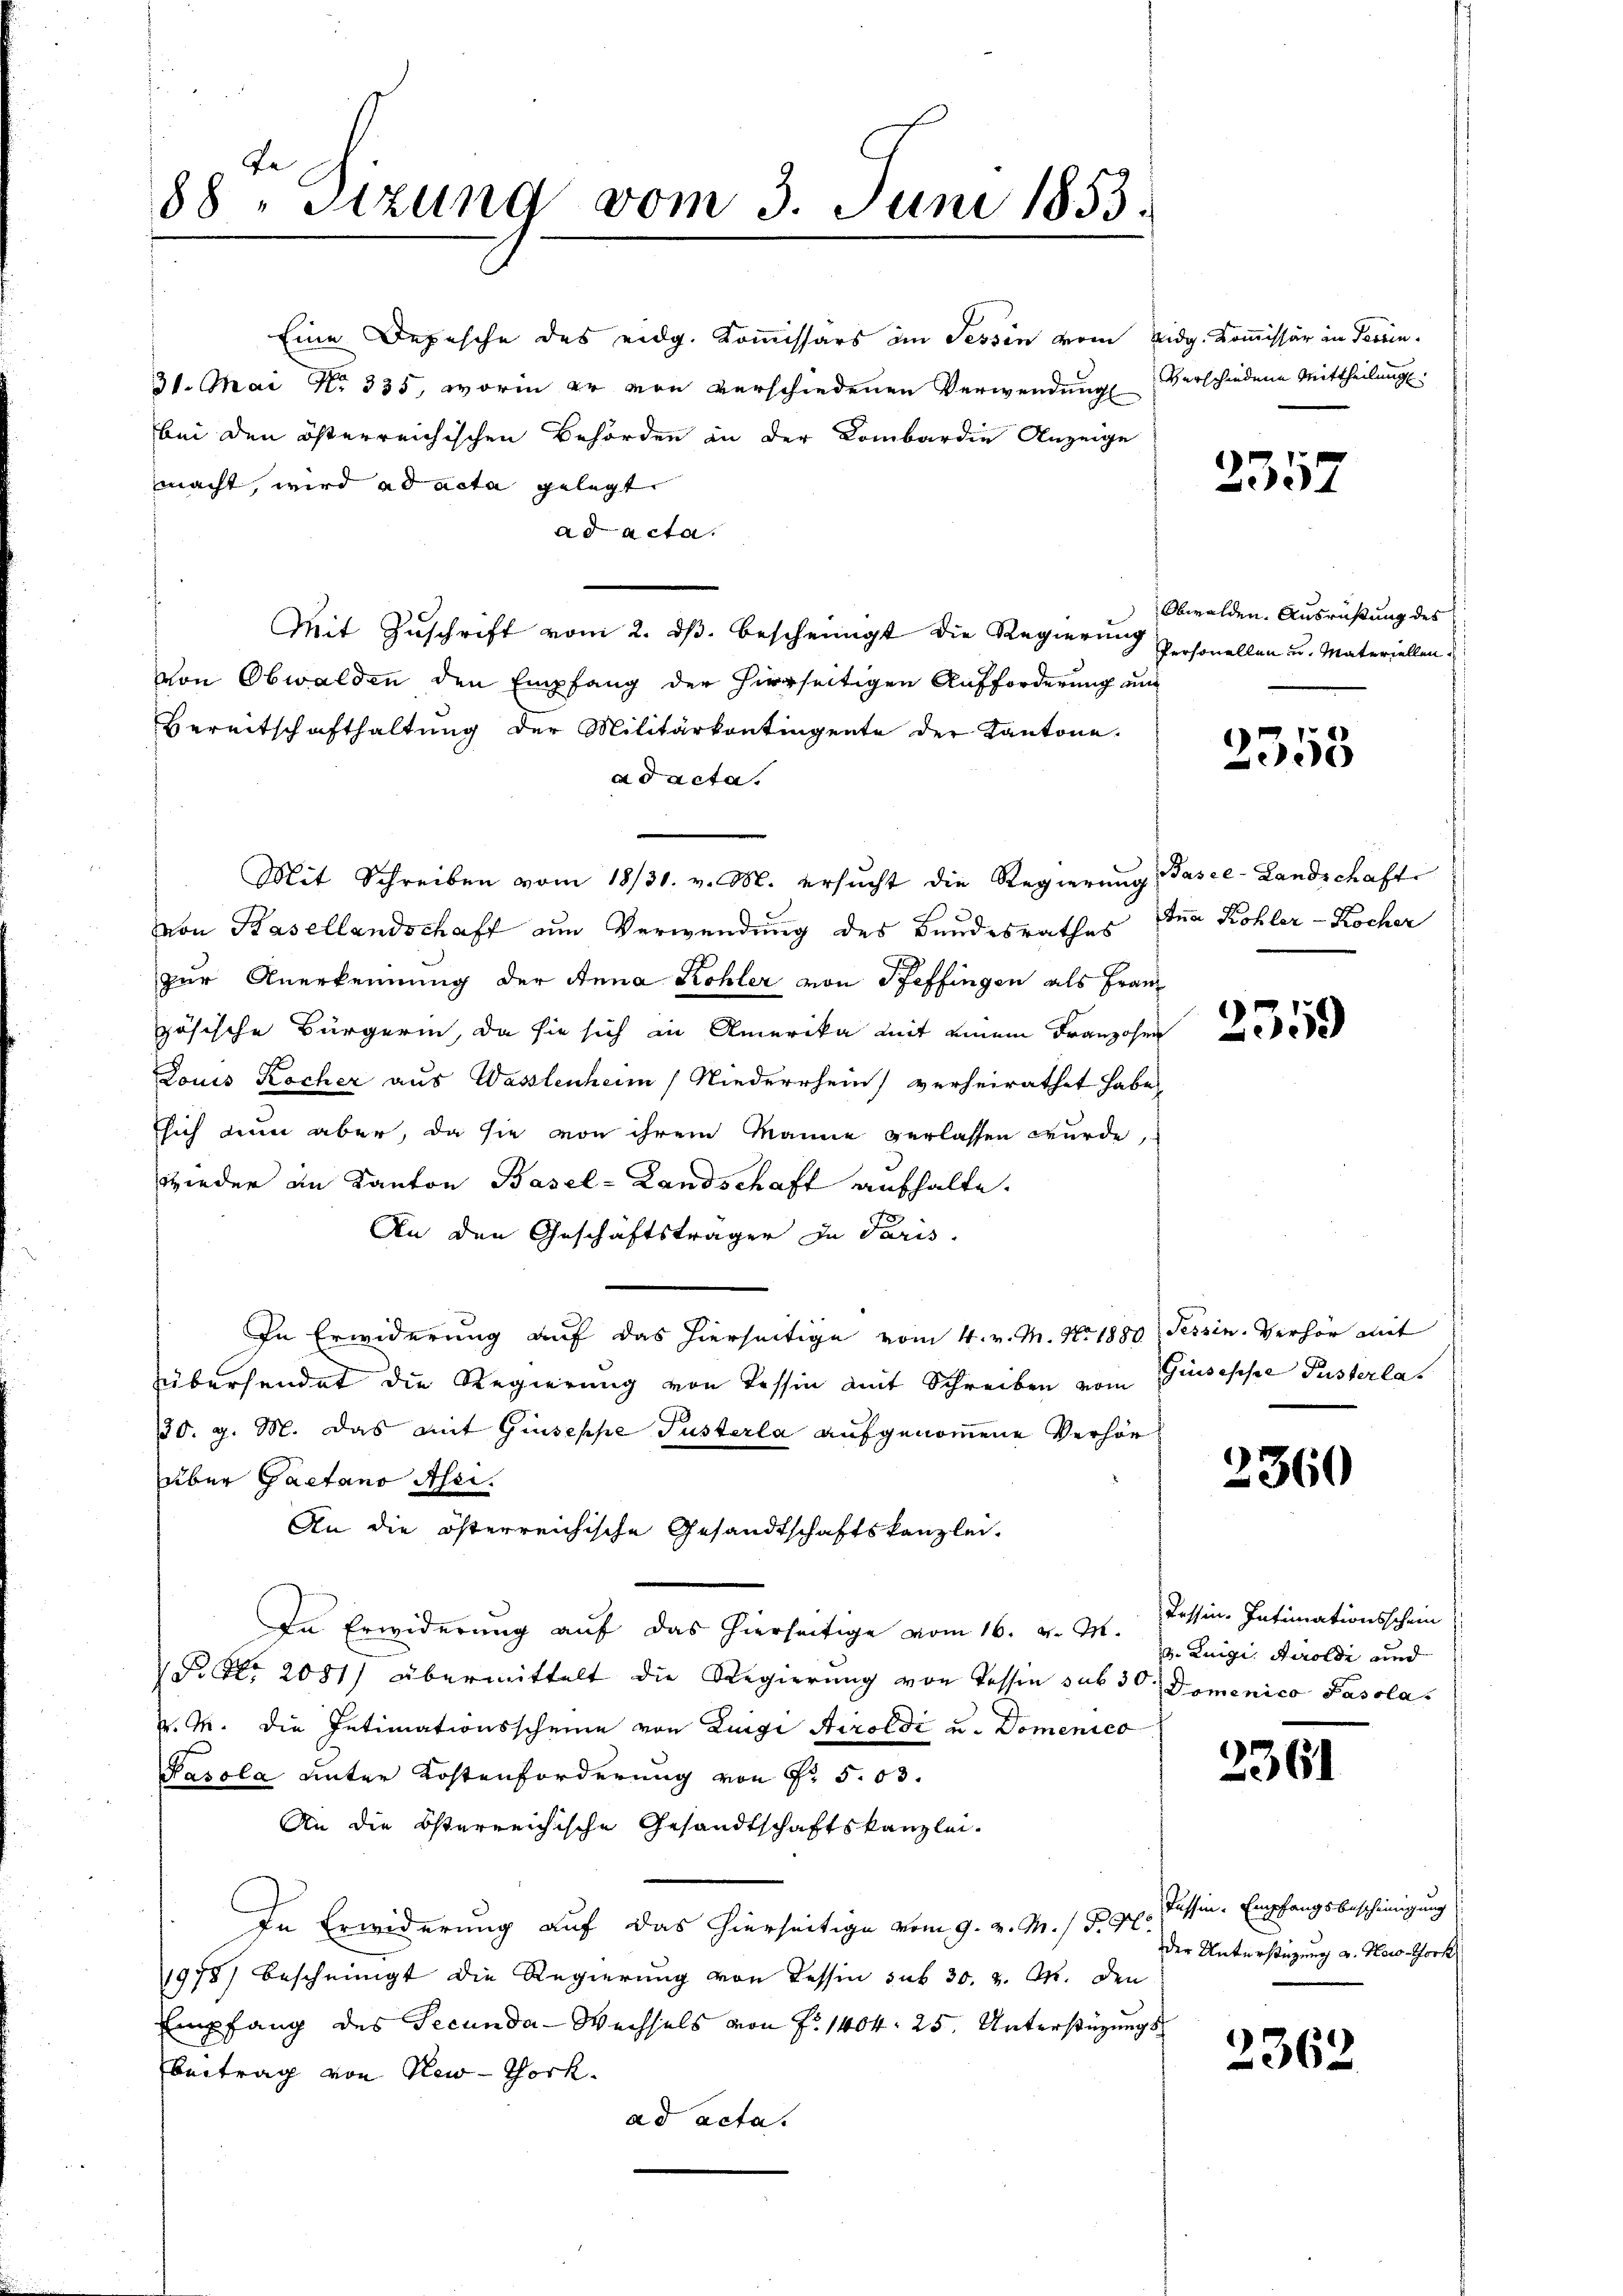
88. Sizung vom 3. Juni 1853.

Eine Depesche des eidg. Kommissärs im Tessin vom Eidg. Kommissär in Terrin¬
31. Mai No 335, worin er von verschiedenen Verwendung verschiedene Mittheilung.
bei den österreichischen Behörden in der Kombardie Anzeige
macht, wird ad acta gelegt.
ad acta
Mit Zuschrift vom 2. ds. bescheinigt die Regierung personellen u. Materiellen.
von Obwalden den Empfang der hierseitigen Aufforderung un
Bereitschafthaltung der Militärkontingente der Kantone.
ad acta.
Mit Schreiben vom 18/31. v. M. ersŭcht die Regierŭng Pasce-Landschaft
von Basellandschaff am Verwendung des Bundesrathes den Kohler-Kocher
zur Anerkennung der Anna Kohler von Pfeffingen als Franz
zösische Bürgerin, da sie sich in Amerika mit einem Franzosen
Louis Kocher aus Wassenheim Niederrhein) verheirathet habe,
sich nun aber, da sie von ihrem Manne verlassen wurde,
wieder an Kanton Basel-Landschaft aufhalte.
An den Geschäftsträger in Paris.
In Erwiderung auf das hierseitige vom 4. v. M. No. 1880. Tessin. Verhör mit
übersendet die Regierung von Tessin mit Schreiben vom Giuseppe Pusterlas
130. g. M. das mit Giuseppe Pusterla aufgenommene Verhör
über Gaetano Asei.
An die österreichische Gesandtschaftskanzlei.
In Erwiderung auf das hierseitige vom 16. d. Mt. Tessin. Intimationsschein
P. Nr. 2081) übermittelt die Regierung von Tessin sub 30 Domenico Pasola
v. M. die Intimationsscheine von Luigi Airoldi u. Domenico
Pasola unter Kostenforderung von Nr. 503.
An die österreichische Gesandtschaftskanzlei-
In Erwiderung auf das hierseitige vom 9. v. M. / B. H. Passin. Empfangsbescheinigung
1978) bescheinigt die Regierung von Tessin sub 30. v. M. den
Empfang des Secunda-Wechsels von fr. 1404. 25. Unterstüzungsbeitrag von New-Thock.
ad acta.

2357

Obwalden. Ausrüstung des

2358

2359

2360

d. Luigi. Soldi und

2361

der Unterstüzung a. Horo Hoch

2362